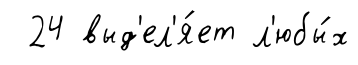
24 выд'ел'я́ет л'юбы́х